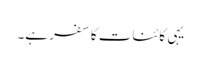
یہی کائنات کا سفر ہے۔